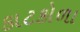
કાટકોળા